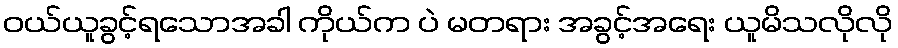
ဝယ်ယူခွင့်ရသောအခါ ကိုယ်က ပဲ မတရား အခွင့်အရေး ယူမိသလိုလို